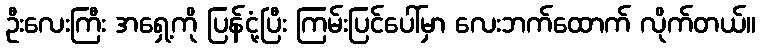
ဦးလေးကြီး အရှေ့ကို ပြန်ငုံ့ပြီး ကြမ်းပြင်ပေါ်မှာ လေးဘက်ထောက် လိုက်တယ်။